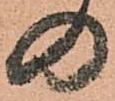
の